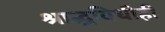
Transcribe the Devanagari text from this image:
श्राद्धविधीही